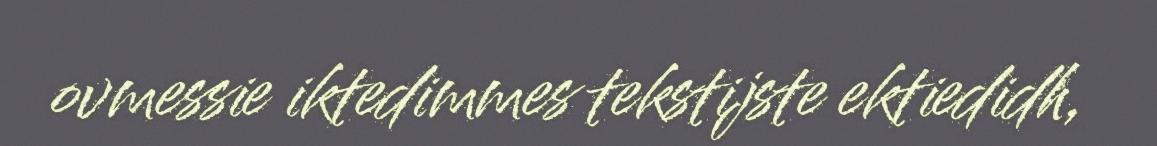
ovmessie iktedimmes tekstijste ektiedidh,